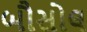
બૌસોલ